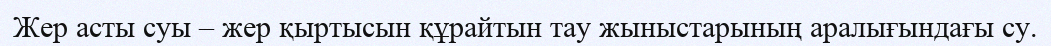
Жер асты суы – жер қыртысын құрайтын тау жыныстарының аралығындағы су.